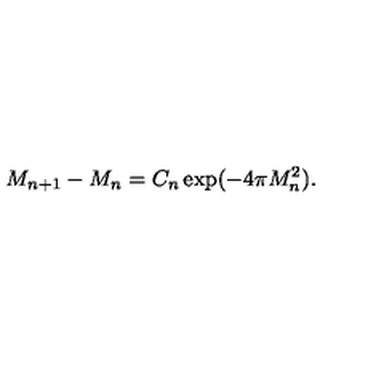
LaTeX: M _ { n + 1 } - M _ { n } = C _ { n } \exp ( - 4 \pi M _ { n } ^ { 2 } ) .